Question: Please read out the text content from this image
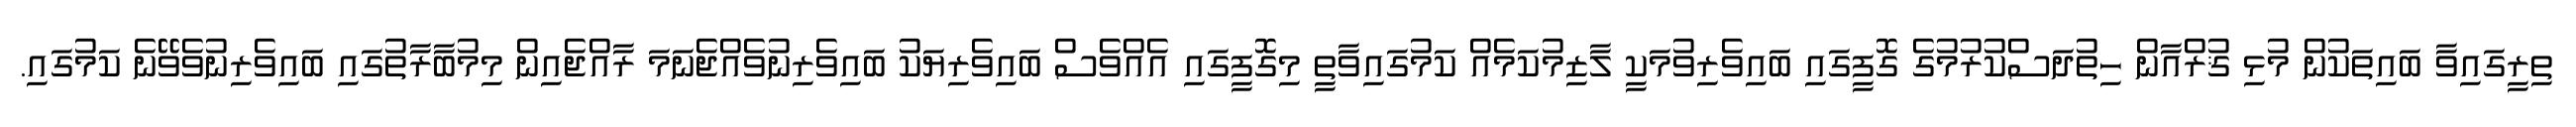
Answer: ތިރީގައިވާ ބައިތަކުން މުޅި ޤުރްއާން ހިތުދަސްކުރުމުގެ ގޮފީގައި ބައިވެރިވުމަކީ ލާޒިމުކަމެއް ކަމުގައިވާތީ މިގޮފީގައި އެއްވެސް ބައިވެރިޔަކު ބައިވެރިނުވެއްޖެނަމަ ރާއްޖެއިން މިމުބާރާތުގައި ބައިވެރިނުވެވޭނެ ކަމުގައި.